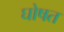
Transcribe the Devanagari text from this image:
घोषत